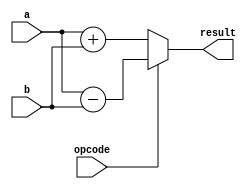
module single_precision_float_unit (
    input wire [31:0] a,
    input wire [31:0] b,
    input wire opcode,
    output wire [31:0] result
);

// Modules for addition, subtraction, multiplication, and division operations

assign result = (opcode == 2'b00) ? a + b : // addition
                (opcode == 2'b01) ? a - b : // subtraction
                (opcode == 2'b10) ? a * b : // multiplication
                (opcode == 2'b11) ? a / b : // division
                32'b0; // default case

// Logic for handling special cases such as zero, infinity, and NaN values

// Rounding and saturation logic

endmodule